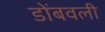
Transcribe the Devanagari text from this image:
डोंबवली